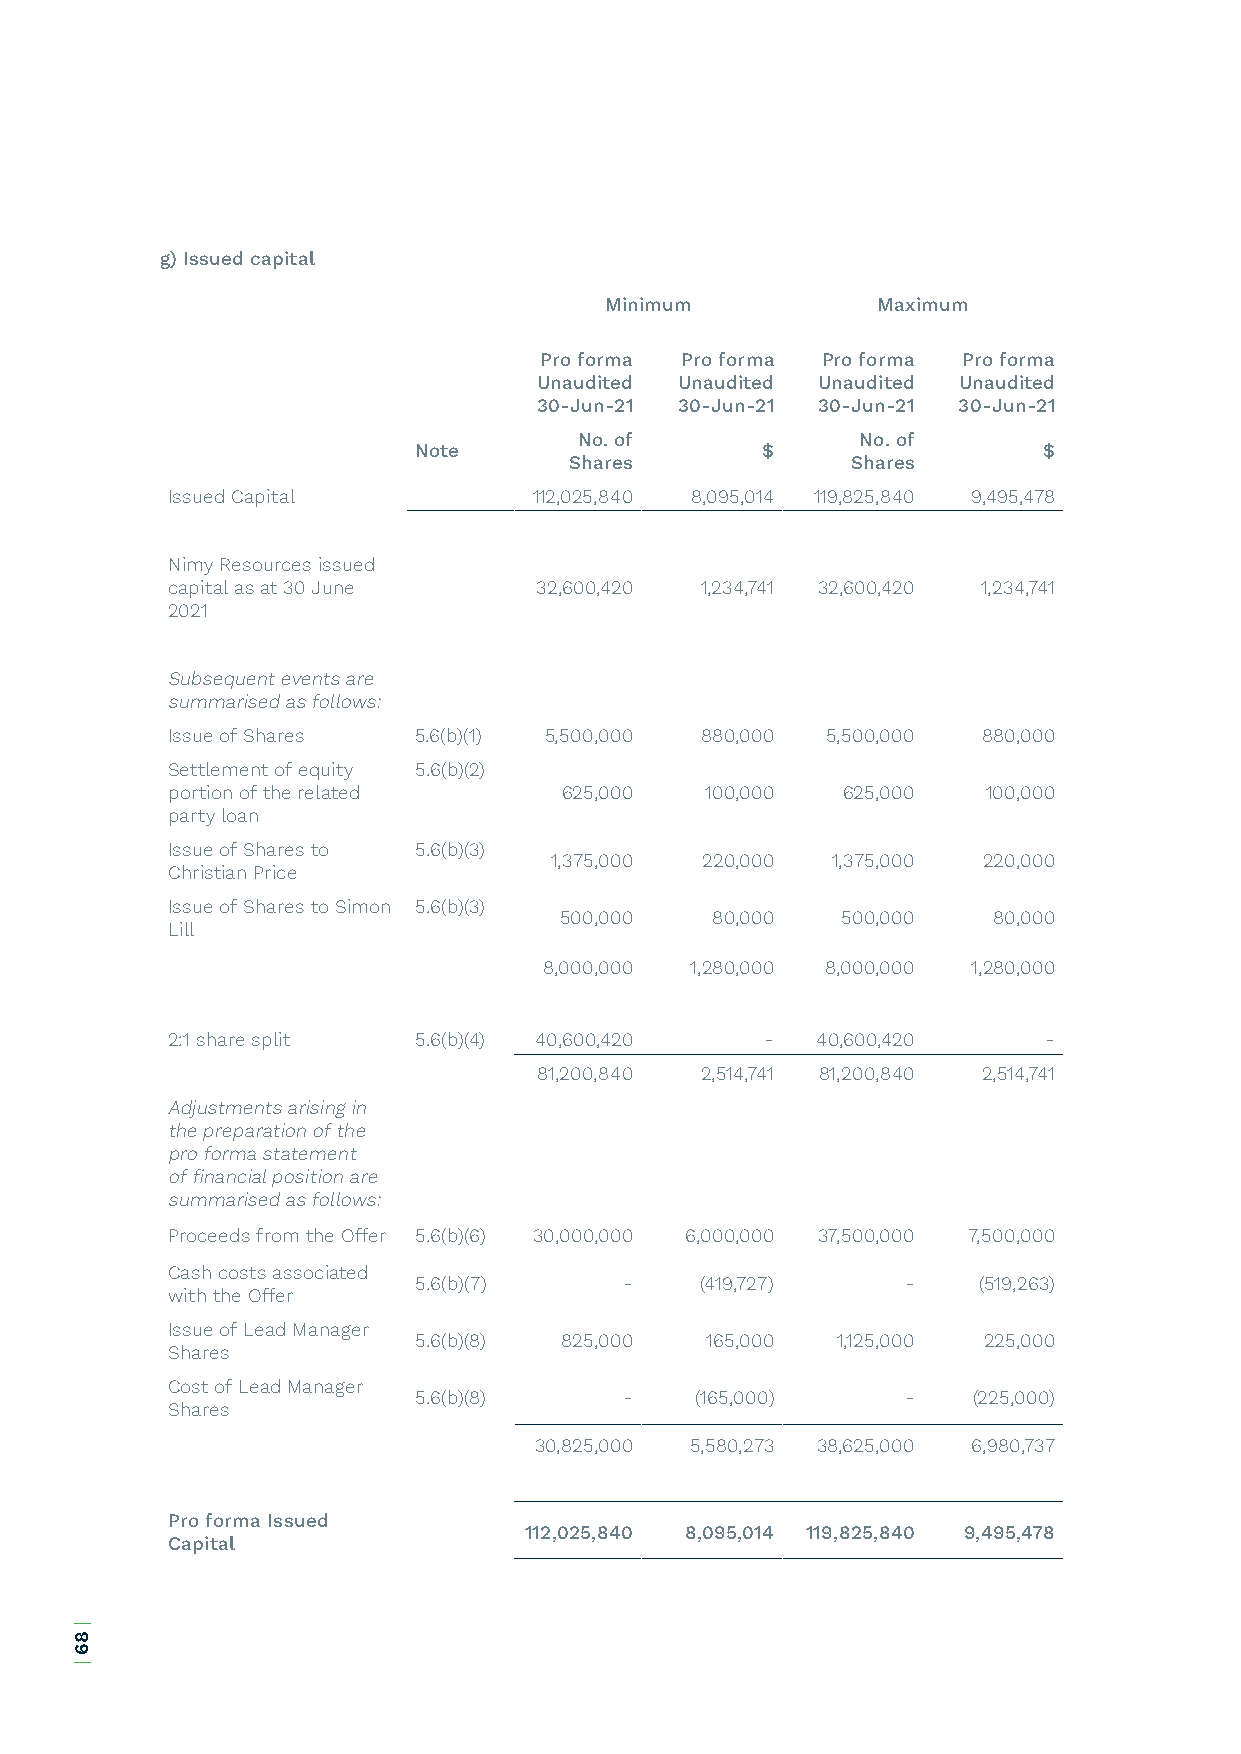
g) Issued capital
 Minimum           Maximum
 Pro forma Pro forma Pro forma Pro forma
 Unaudited Unaudited Unaudited Unaudited
 30-Jun-21 30-Jun-21 30-Jun-21 30-Jun-21
 No. of             No. of
 Note                   $                  $
 Shares            Shares
 Issued Capital          112,025,840 8,095,014 119,825,840 9,495,478
 Nimy Resources issued
 capital as at 30 June   32,600,420 1,234,741 32,600,420 1,234,741
 2021
 Subsequent events are
 summarised as follows:
 Issue of Shares 5.6(b)(1) 5,500,000 880,000 5,500,000 880,000
 Settlement of equity 5.6(b)(2)
 portion of the related    625,000   100,000  625,000  100,000
 party loan
 Issue of Shares to 5.6(b)(3)
 1,375,000 220,000  1,375,000 220,000
 Christian Price
 Issue of Shares to Simon 5.6(b)(3)
 500,000   80,000   500,000   80,000
 Lill
 8,000,000 1,280,000 8,000,000 1,280,000
 2:1 share split 5.6(b)(4) 40,600,420    -  40,600,420     -
 81,200,840 2,514,741 81,200,840 2,514,741
 Adjustments arising in
 the preparation of the
 pro forma statement
 of financial position are
 summarised as follows:
 Proceeds from the Offer 5.6(b)(6) 30,000,000 6,000,000 37,500,000 7,500,000
 Cash costs associated
 5.6(b)(7)     -    (419,727)     -    (519,263)
 with the Offer
 Issue of Lead Manager
 5.6(b)(8) 825,000   165,000 1,125,000 225,000
 Shares
 Cost of Lead Manager
 5.6(b)(8)     -    (165,000)     -   (225,000)
 Shares
 30,825,000 5,580,273 38,625,000 6,980,737
 Pro forma Issued
 112,025,840 8,095,014 119,825,840 9,495,478
 Capital
 |
 86
 |